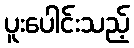
ပူးပေါင်းသည့်